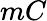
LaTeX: mC